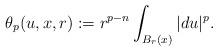
LaTeX: \begin{align*}\theta_p(u,x,r):=r^{p-n}\int_{B_r(x)}|du|^p.\end{align*}